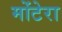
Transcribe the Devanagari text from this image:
मोंटेरा